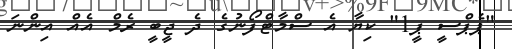
"ޕެޕްސީ ޕީ1" ކިޔާ އެ ސްމާޓްފޯނުގެ ދެ ޖީބީ ރެމް އެއް އިންނަ